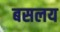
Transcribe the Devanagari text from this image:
बसलय